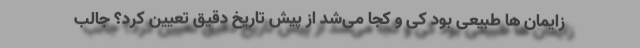
زایمان ها طبیعی بود کی و کجا می‌شد از پیش تاریخ دقیق تعیین کرد؟ جالب